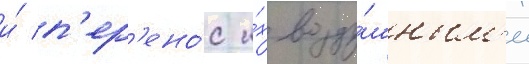
и́ п'ер'ено́с и́х возду́шным'и